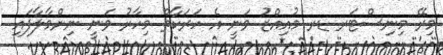
މިރޭ މިނިސްޓަރ ޑރ މުއިއްޒު ވަނީ އެ ހަރަކާތް މިހާރު ވަނީ ނިންމާލާފައި